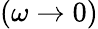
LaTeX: (\omega\rightarrow 0)